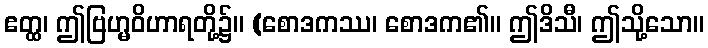
ဧတ္ထ၊ ဤဗြဟ္မဝိဟာရတို့၌။ (စောဒကဿ၊ စောဒက၏။ ဤဒိသီ၊ ဤသို့သော။